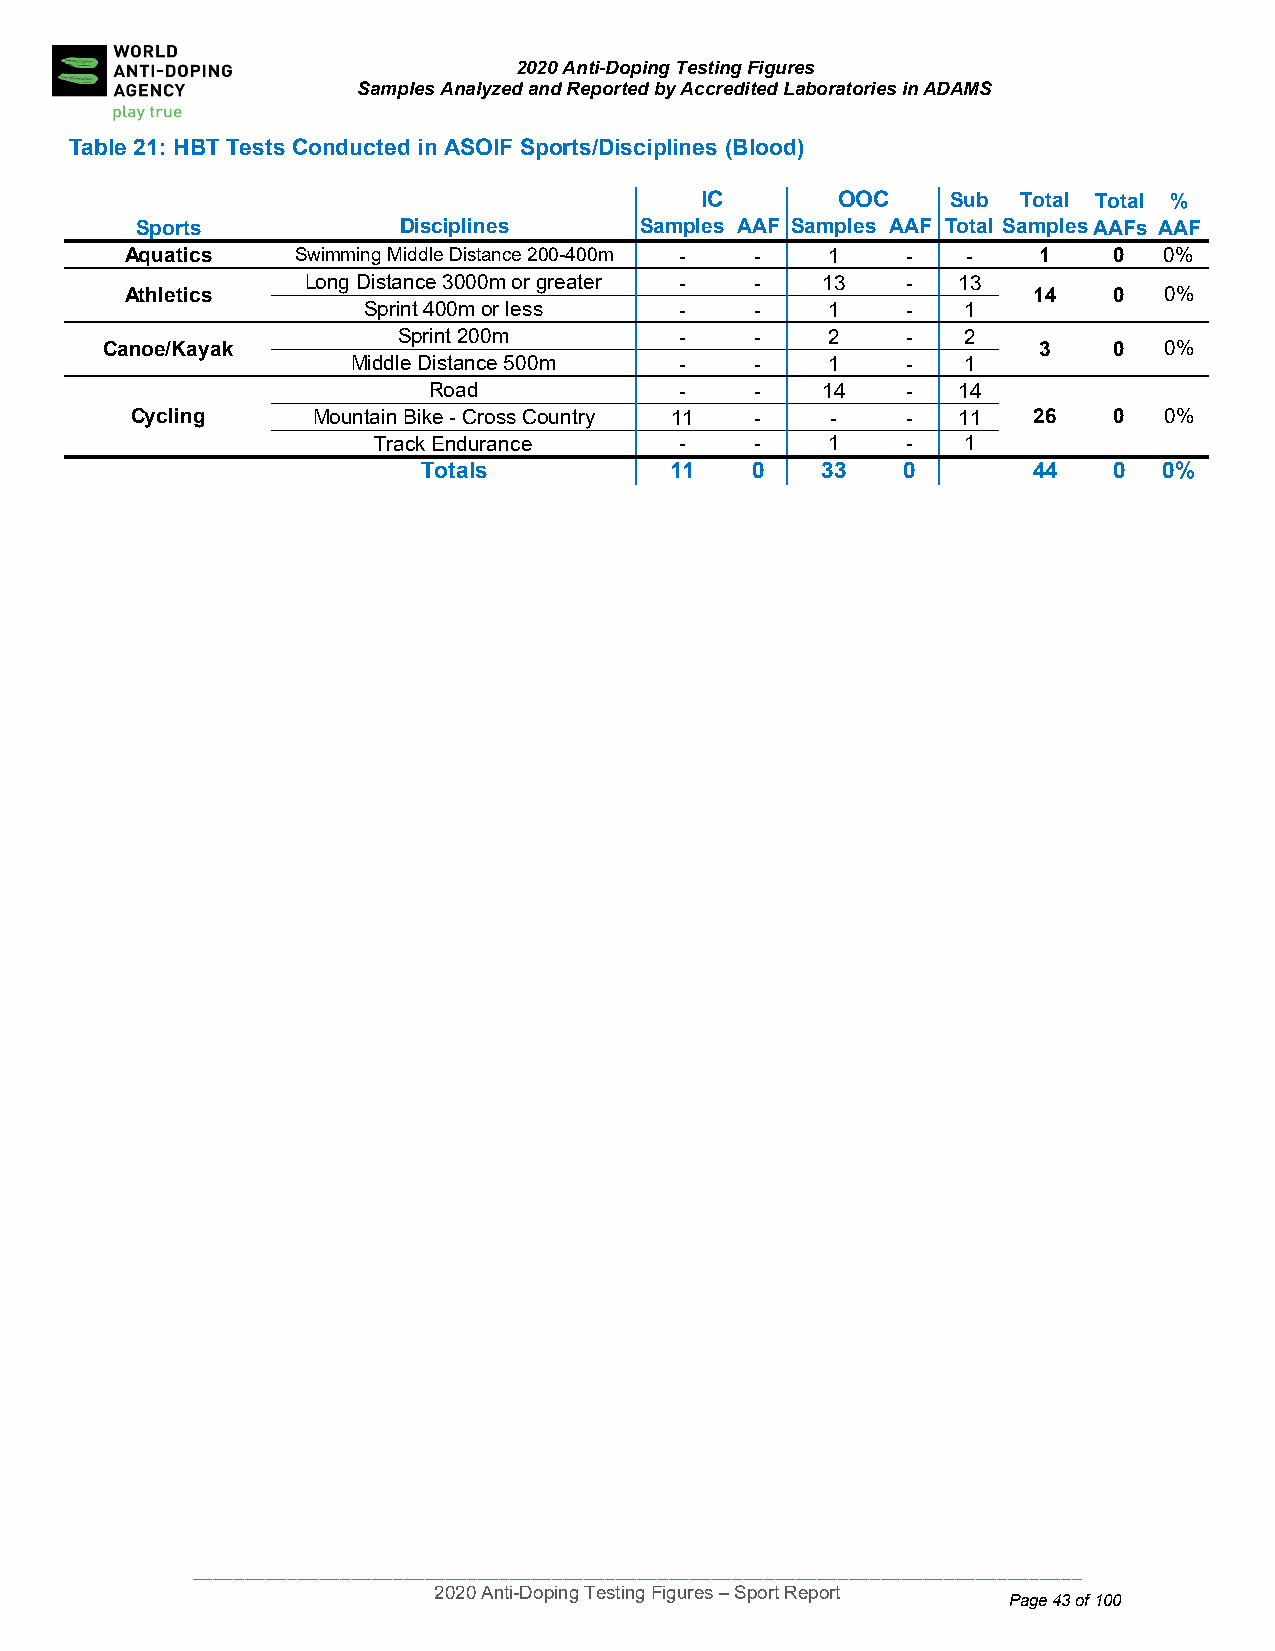
2020 Anti-Doping Testing Figures
 Samples Analyzed and Reported by Accredited Laboratories in ADAMS
 Table 21: H BT Tests Conducted in ASOIF Sports/Disciplines (Blood)
 IC       OOC     Sub  Total Total %
 Sport s          Disciplines     Samples AAF Samples AAF Total SamplesAAFs AAF
 Aquati cs   Swimming Middle Distance 200-400m - - 1 -   -    1    0  0%
 Long Distance 3000m or greater - - 13   -  13
 Athletics                                                   14    0  0%
 Sprint 400m or less  -    -    1    -   1
 Sprint 200m        -    -    2    -   2
 Canoe/Kayak                                                   3    0  0%
 Middle Distance 500m  -    -    1    -   1
 Road             -    -   14    -  14
 Cycling     Mountain Bike - Cross Country 11 - -   -  11   26    0  0%
 Track Endurance     -    -    1    -   1
 Totals          11    0   33    0       44    0  0%
 ____________________________________________________________________________________
 2020 Anti-Doping Testing Figures – Sport Report
 Page 43 of 100